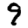
Digit: 9